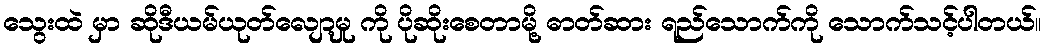
သွေးထဲ မှာ ဆိုဒီယမ်ယုတ်လျော့မှု ကို ပိုဆိုးစေတာမို့ ဓာတ်ဆား ရည်သောက်ကို သောက်သင့်ပါတယ်။